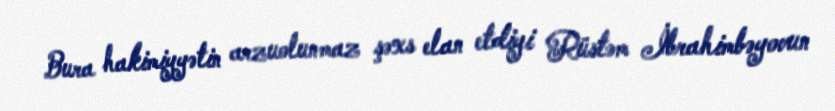
Bura hakimiyyətin arzuolunmaz şəxs elan etdiyi Rüstəm İbrahimbəyovun